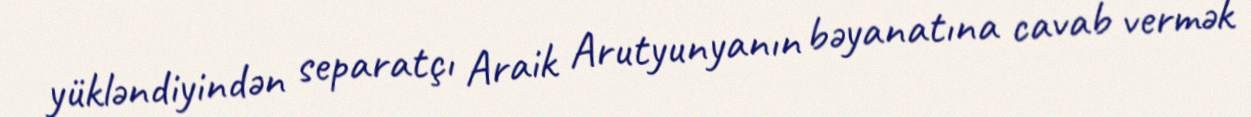
yükləndiyindən separatçı Araik Arutyunyanın bəyanatına cavab vermək